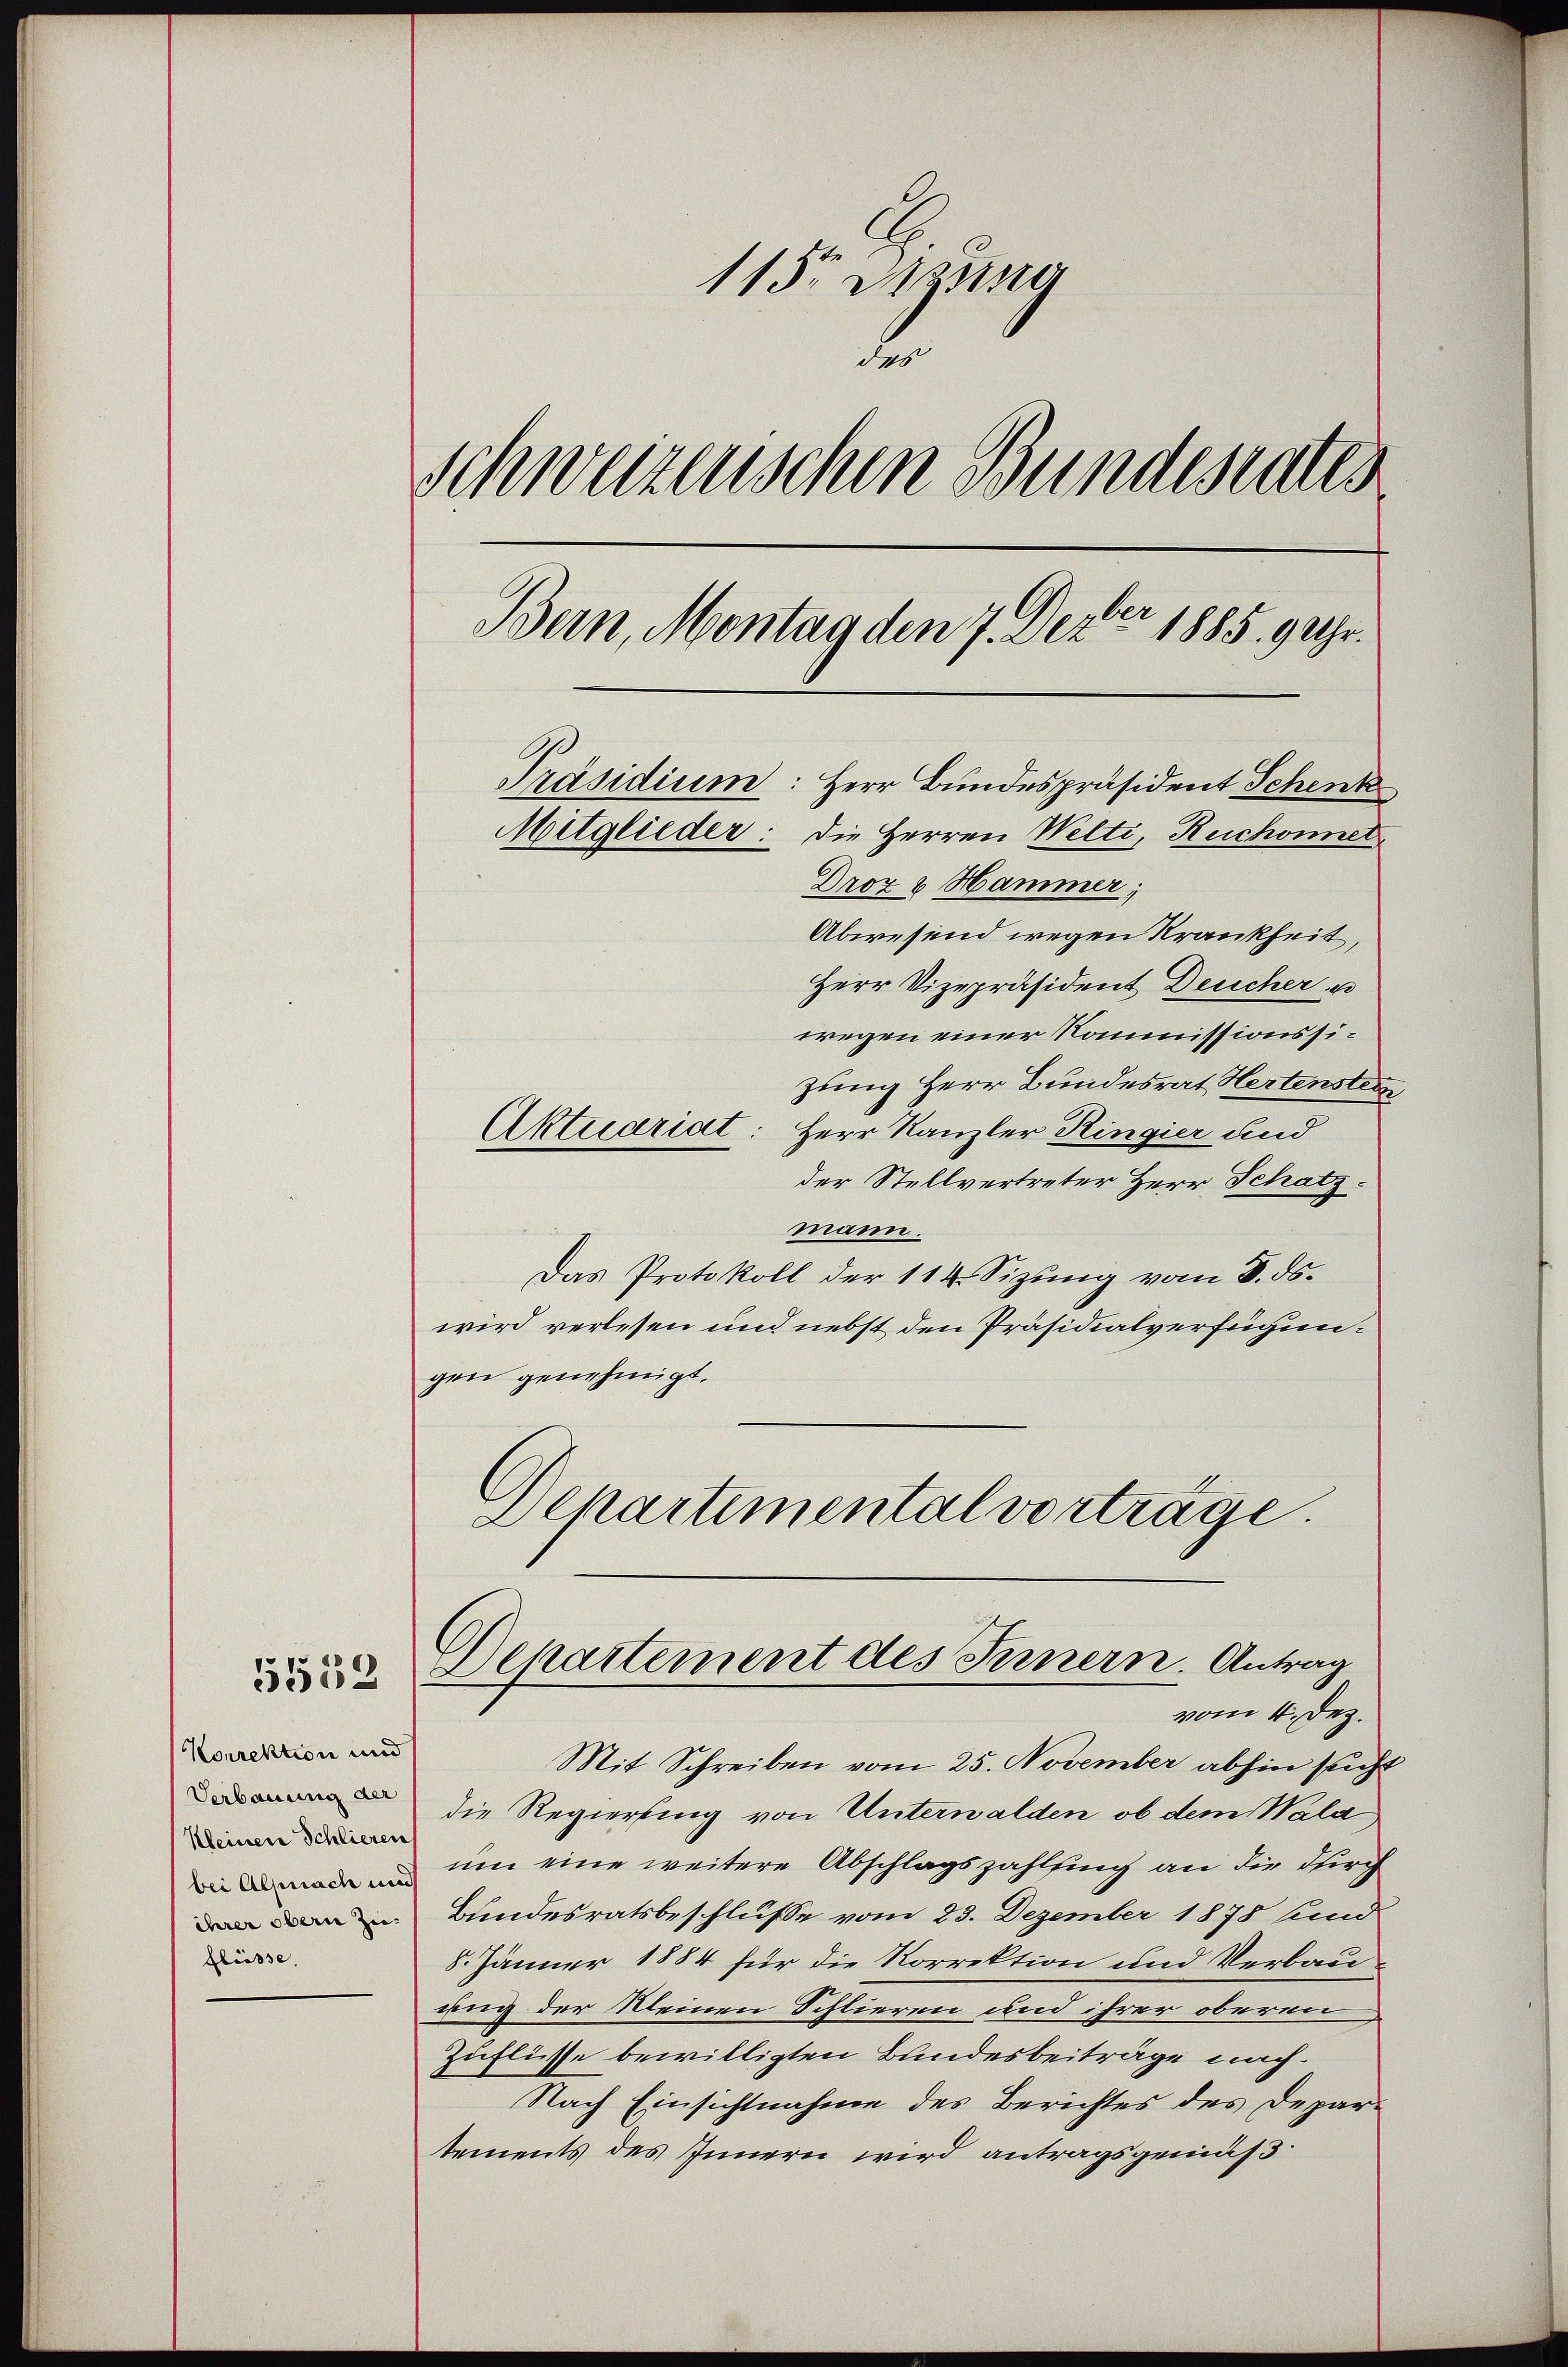
5552

Korrektion und
Verbauung der
Kleinen Schlieren
ihrer obern Zei-
flüsse,

115 Szuna
e
Schweizerischen Bundesrates
Bern, Montag den 7. Dezter 1885. 9 Uhr.
Präsidium: Herr Bundespräsident Schenk
Mitglieder: die Herren Welti, Reichonnet
Droz & Hammer;
Abwesend wegen Krankheit,

Herr Vizepräsident Deucher u
wegen einer Kommissionssizung Herr Bundesrat Hertenstein
Aktuariat: Herr Kanzler Ringier und
der Stellvertreter Herr Schatz.
mann.
Das Protokoll der 114. Sizung vom 8. ds.
wird verlesen und nebst den Präsidialverfügungen genehmigt.
Separtemental vorträge.

Mit Schreiben vom 25. November abhin sucht
die Regierung von Unterwalden, ob dem Wala
 um eine weitere Abschlagszahlfing an die durch
Bundesratsbeschlusse vom 23. Dezember 1878 hund
8. Jänner 1884 für die Korrektion und Verbauung der Meinen Schlieren und ihrer oberen
Zuflüsse bewilligten Bundesbeiträge nach.
Nach Einsichtnahme des Berichtes des Departements des Innern wird antragsgrüns3.

Departement des Fernern. Antrag
vom 4. Dez.